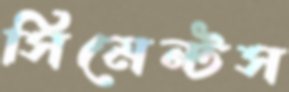
সিমেন্টস